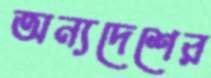
অন্যদেশের